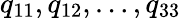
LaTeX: q_{11},q_{12},\ldots,q_{33}